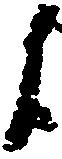
候